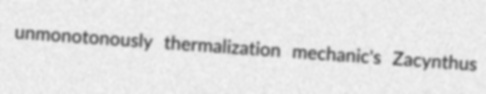
unmonotonously thermalization mechanic's Zacynthus